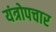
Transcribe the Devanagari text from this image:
यंत्रोपचार